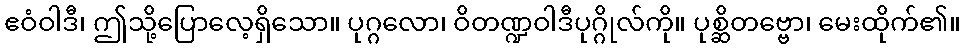
ဧဝံဝါဒီ၊ ဤသို့ပြောလေ့ရှိသော။ ပုဂ္ဂလော၊ ဝိတဏ္ဍဝါဒီပုဂ္ဂိုလ်ကို။ ပုစ္ဆိတဗ္ဗော၊ မေးထိုက်၏။